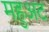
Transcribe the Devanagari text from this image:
महुअट